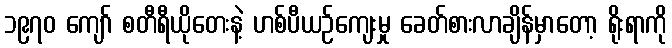
၁၉၇၀ ကျော် စတီရီယိုတေးနဲ့ ဟစ်ပီယဉ်ကျေးမှု ခေတ်စားလာချိန်မှာတော့ ရိုးရာကို